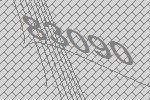
83090